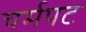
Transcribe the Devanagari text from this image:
चर्मपट